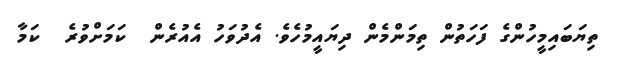
ތިޔަބައިމީހުންގެ ފަހަތުން ތިމަންމެން ދިޔައީމުހެވެ. އެދުވަހު އެއުރެން  ކަމަށްވުރެ  ކަމާ